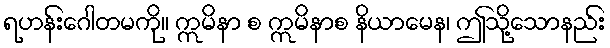
ရဟန်းဂေါတမကို။ ဣမိနာ စ ဣမိနာစ နိယာမေန၊ ဤသို့သောနည်း